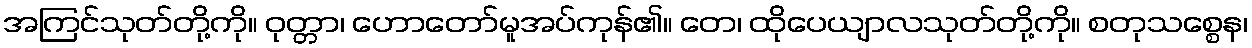
အကြင်သုတ်တို့ကို။ ဝုတ္တာ၊ ဟောတော်မူအပ်ကုန်၏။ တေ၊ ထိုပေယျာလသုတ်တို့ကို။ စတုသစ္စေန၊